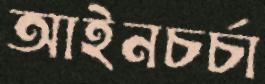
আইনচর্চা